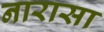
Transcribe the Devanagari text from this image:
नारासा